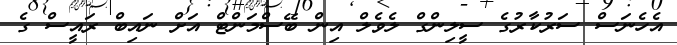
އެހެނަސް ސަރުކާރުގެ ސީލިންގް ލެވެލް އިން ބޭސްމަންޓް އަށް ނައިބް ރައީސް ގެ